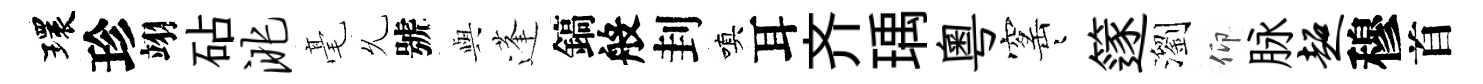
環珍翊砧洮毫𠃔號𫤰蓬鎬般刲嗔耳齐瑀粤窰迢篴瀏仰脉超穆首